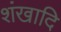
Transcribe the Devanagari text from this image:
शंखादि